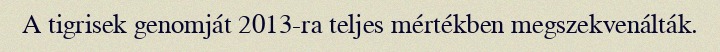
A tigrisek genomját 2013-ra teljes mértékben megszekvenálták.